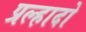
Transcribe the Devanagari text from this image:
प्रल्हादो